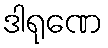
ဒါရုဏေ